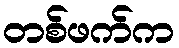
တစ်ဖက်က